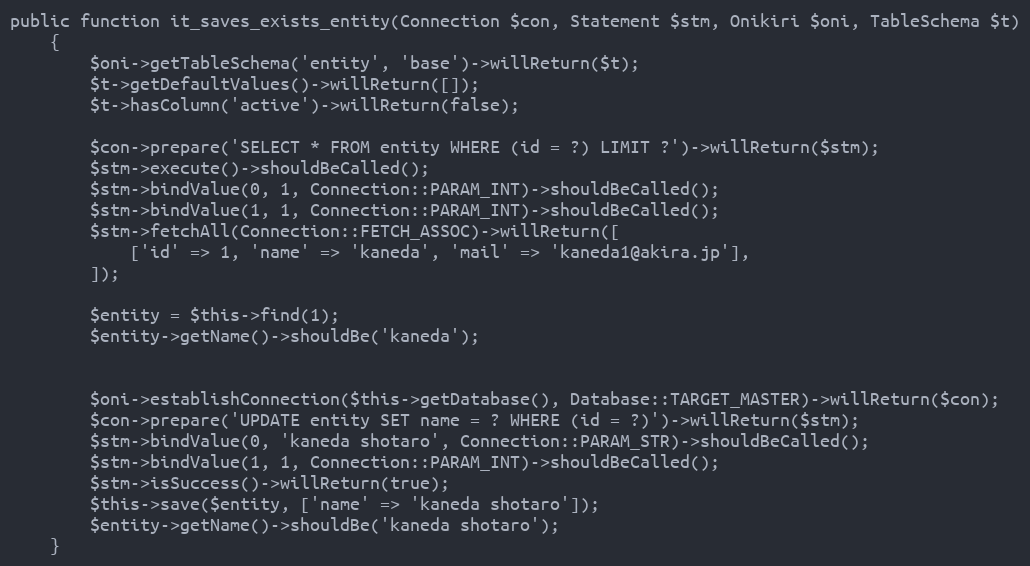
Language: PHP
public function it_saves_exists_entity(Connection $con, Statement $stm, Onikiri $oni, TableSchema $t)
    {
        $oni->getTableSchema('entity', 'base')->willReturn($t);
        $t->getDefaultValues()->willReturn([]);
        $t->hasColumn('active')->willReturn(false);

        $con->prepare('SELECT * FROM entity WHERE (id = ?) LIMIT ?')->willReturn($stm);
        $stm->execute()->shouldBeCalled();
        $stm->bindValue(0, 1, Connection::PARAM_INT)->shouldBeCalled();
        $stm->bindValue(1, 1, Connection::PARAM_INT)->shouldBeCalled();
        $stm->fetchAll(Connection::FETCH_ASSOC)->willReturn([
            ['id' => 1, 'name' => 'kaneda', 'mail' => 'kaneda1@akira.jp'],
        ]);

        $entity = $this->find(1);
        $entity->getName()->shouldBe('kaneda');

        $oni->establishConnection($this->getDatabase(), Database::TARGET_MASTER)->willReturn($con);
        $con->prepare('UPDATE entity SET name = ? WHERE (id = ?)')->willReturn($stm);
        $stm->bindValue(0, 'kaneda shotaro', Connection::PARAM_STR)->shouldBeCalled();
        $stm->bindValue(1, 1, Connection::PARAM_INT)->shouldBeCalled();
        $stm->isSuccess()->willReturn(true);
        $this->save($entity, ['name' => 'kaneda shotaro']);
        $entity->getName()->shouldBe('kaneda shotaro');
    }